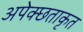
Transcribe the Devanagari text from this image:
अपेक्छताकृत